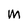
Character: M